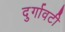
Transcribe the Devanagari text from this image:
दुर्गावटी